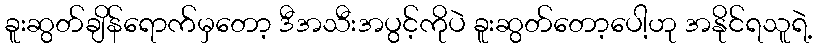
ခူးဆွတ်ချိန်ရောက်မှတော့ ဒီအသီးအပွင့်ကိုပဲ ခူးဆွတ်တော့ပေါ့ဟု အနိုင်ရသူရဲ့